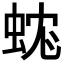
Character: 𧊼